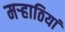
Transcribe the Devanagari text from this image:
मऱ्हाठियां